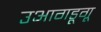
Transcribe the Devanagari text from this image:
उआगडूगू